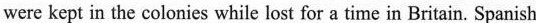
were kept in the colonies while lost for a time in Britain. Spanish